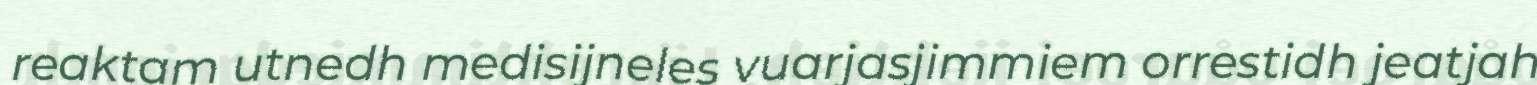
reaktam utnedh medisijneles vuarjasjimmiem orrestidh jeatjah